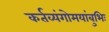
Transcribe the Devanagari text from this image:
कर्तव्यंगोमयांबुभिः